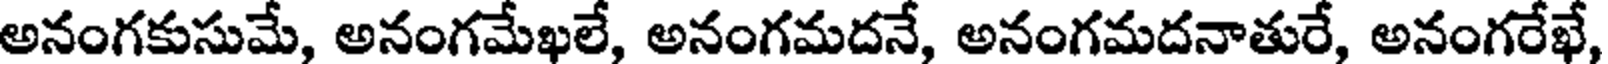
అనంగకుసుమే, అనంగమేఖలే, అనంగమదనే, అనంగమదనాతురే, అనంగరేఖే,